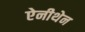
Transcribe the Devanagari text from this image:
ऐनीथेन